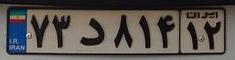
۷۳د۸۱۴۱۲